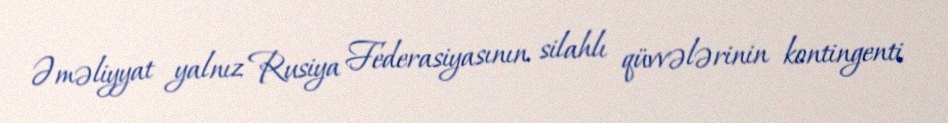
Əməliyyat yalnız Rusiya Federasiyasının silahlı qüvvələrinin kontingenti